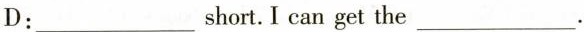
D:___short.I can get the___.